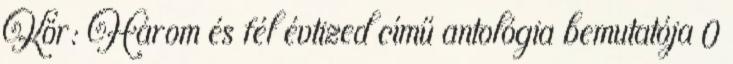
Kör: Három és fél évtized című antológia bemutatója 0